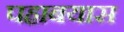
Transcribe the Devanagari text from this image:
पहाबयास